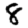
Digit: 8